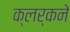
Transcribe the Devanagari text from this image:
क्लर्कने